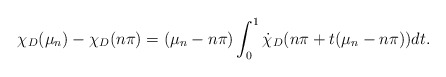
\begin{align*}\chi_D(\mu_n)-\chi_D(n\pi)= (\mu_n-n\pi)\int_0^1 \dot \chi_D(n\pi +t(\mu_n-n\pi))dt.\end{align*}